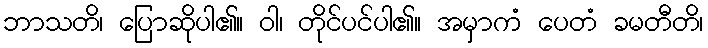
ဘာသတိ၊ ပြောဆိုပါ၏။ ဝါ၊ တိုင်ပင်ပါ၏။ အမှာကံ ပေတံ ခမတီတိ၊